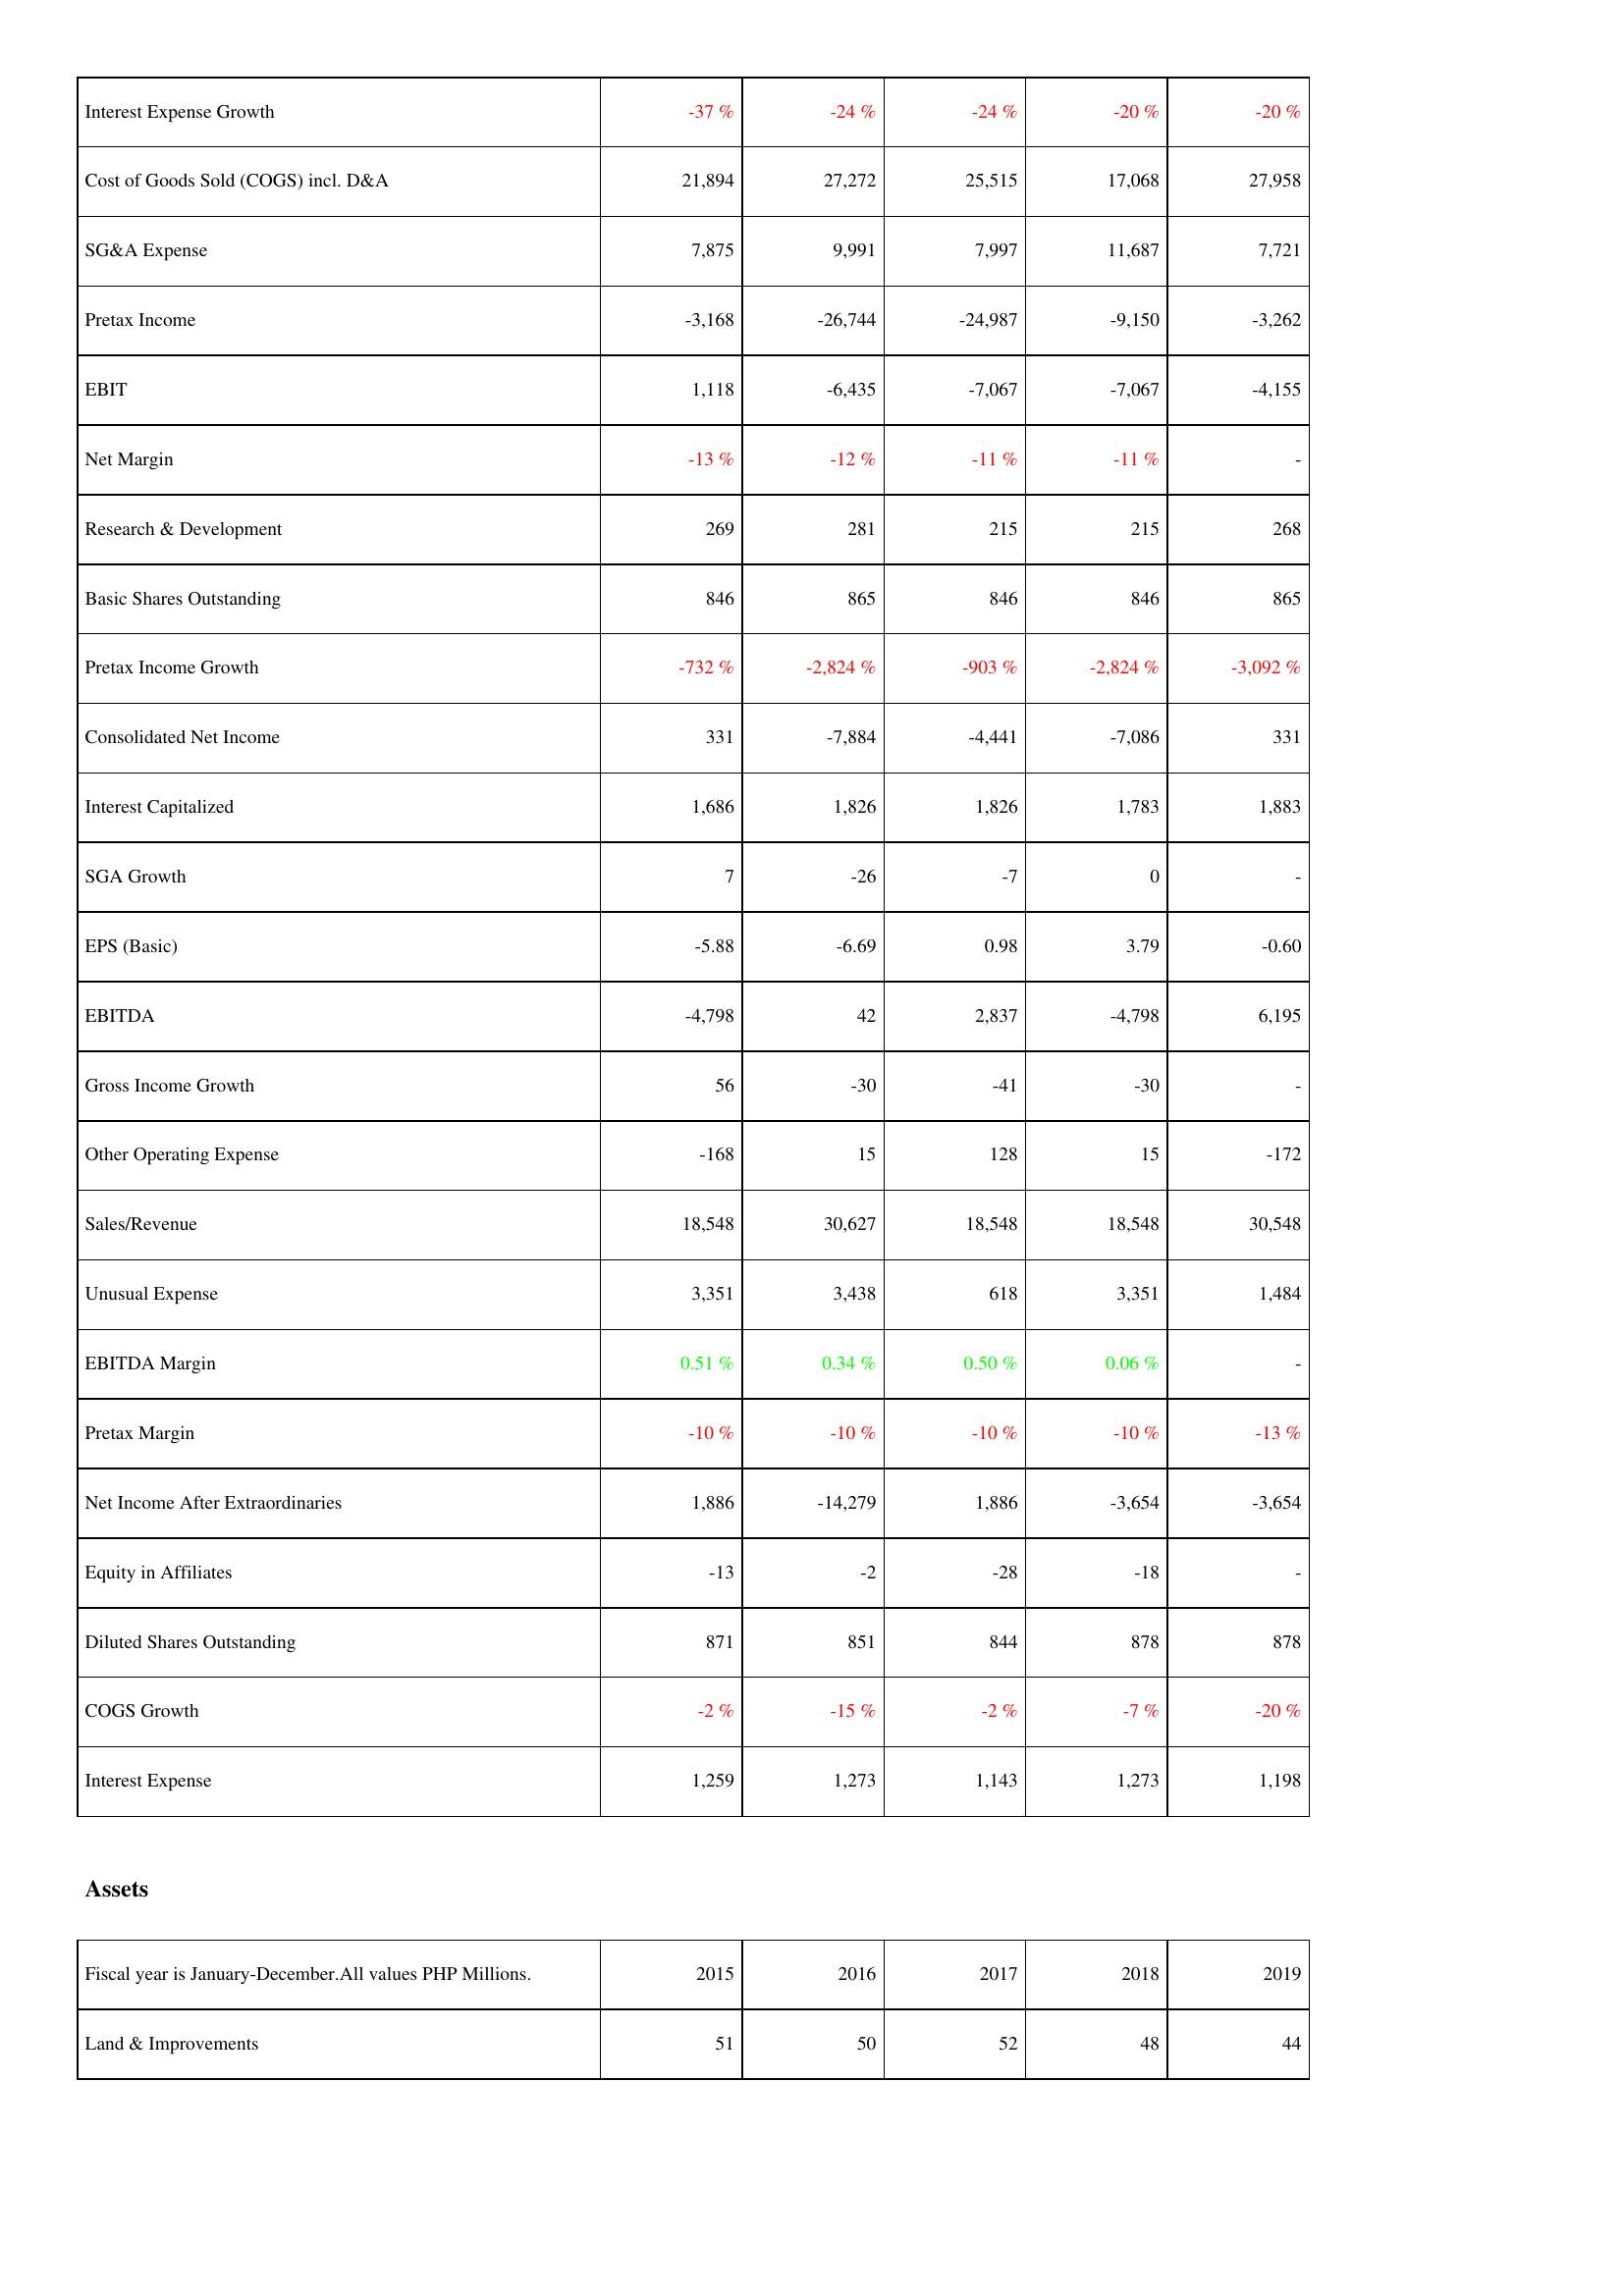
2015: Income Statement: Interest Expense Growth: -37 %
Cost of Goods Sold (COGS) incl. D&A: 21,894
SG&A Expense: 7,875
Pretax Income: -3,168
EBIT: 1,118
Net Margin: -13 %
Research & Development: 269
Basic Shares Outstanding: 846
Pretax Income Growth: -732 %
Consolidated Net Income: 331
Interest Capitalized: 1,686
SGA Growth: 7
EPS (Basic): -5.88
EBITDA: -4,798
Gross Income Growth: 56
Other Operating Expense: -168
Sales/Revenue: 18,548
Unusual Expense: 3,351
EBITDA Margin: 0.51 %
Pretax Margin: -10 %
Net Income After Extraordinaries: 1,886
Equity in Affiliates: -13
Diluted Shares Outstanding: 871
COGS Growth: -2 %
Interest Expense: 1,259
Assets: Land & Improvements: 51
2016: Income Statement: Interest Expense Growth: -24 %
Cost of Goods Sold (COGS) incl. D&A: 27,272
SG&A Expense: 9,991
Pretax Income: -26,744
EBIT: -6,435
Net Margin: -12 %
Research & Development: 281
Basic Shares Outstanding: 865
Pretax Income Growth: -2,824 %
Consolidated Net Income: -7,884
Interest Capitalized: 1,826
SGA Growth: -26
EPS (Basic): -6.69
EBITDA: 42
Gross Income Growth: -30
Other Operating Expense: 15
Sales/Revenue: 30,627
Unusual Expense: 3,438
EBITDA Margin: 0.34 %
Pretax Margin: -10 %
Net Income After Extraordinaries: -14,279
Equity in Affiliates: -2
Diluted Shares Outstanding: 851
COGS Growth: -15 %
Interest Expense: 1,273
Assets: Land & Improvements: 50
2017: Income Statement: Interest Expense Growth: -24 %
Cost of Goods Sold (COGS) incl. D&A: 25,515
SG&A Expense: 7,997
Pretax Income: -24,987
EBIT: -7,067
Net Margin: -11 %
Research & Development: 215
Basic Shares Outstanding: 846
Pretax Income Growth: -903 %
Consolidated Net Income: -4,441
Interest Capitalized: 1,826
SGA Growth: -7
EPS (Basic): 0.98
EBITDA: 2,837
Gross Income Growth: -41
Other Operating Expense: 128
Sales/Revenue: 18,548
Unusual Expense: 618
EBITDA Margin: 0.50 %
Pretax Margin: -10 %
Net Income After Extraordinaries: 1,886
Equity in Affiliates: -28
Diluted Shares Outstanding: 844
COGS Growth: -2 %
Interest Expense: 1,143
Assets: Land & Improvements: 52
2018: Income Statement: Interest Expense Growth: -20 %
Cost of Goods Sold (COGS) incl. D&A: 17,068
SG&A Expense: 11,687
Pretax Income: -9,150
EBIT: -7,067
Net Margin: -11 %
Research & Development: 215
Basic Shares Outstanding: 846
Pretax Income Growth: -2,824 %
Consolidated Net Income: -7,086
Interest Capitalized: 1,783
SGA Growth: 0
EPS (Basic): 3.79
EBITDA: -4,798
Gross Income Growth: -30
Other Operating Expense: 15
Sales/Revenue: 18,548
Unusual Expense: 3,351
EBITDA Margin: 0.06 %
Pretax Margin: -10 %
Net Income After Extraordinaries: -3,654
Equity in Affiliates: -18
Diluted Shares Outstanding: 878
COGS Growth: -7 %
Interest Expense: 1,273
Assets: Land & Improvements: 48
2019: Income Statement: Interest Expense Growth: -20 %
Cost of Goods Sold (COGS) incl. D&A: 27,958
SG&A Expense: 7,721
Pretax Income: -3,262
EBIT: -4,155
Net Margin: -
Research & Development: 268
Basic Shares Outstanding: 865
Pretax Income Growth: -3,092 %
Consolidated Net Income: 331
Interest Capitalized: 1,883
SGA Growth: -
EPS (Basic): -0.60
EBITDA: 6,195
Gross Income Growth: -
Other Operating Expense: -172
Sales/Revenue: 30,548
Unusual Expense: 1,484
EBITDA Margin: -
Pretax Margin: -13 %
Net Income After Extraordinaries: -3,654
Equity in Affiliates: -
Diluted Shares Outstanding: 878
COGS Growth: -20 %
Interest Expense: 1,198
Assets: Land & Improvements: 44